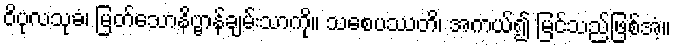
ဝိပုလသုခံ၊ မြတ်သောနိဗ္ဗာန်ချမ်းသာကို။ သစေပဿတိ၊ အကယ်၍ မြင်သည်ဖြစ်အံ့။